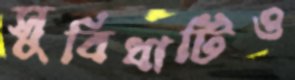
সুবিধাটিও